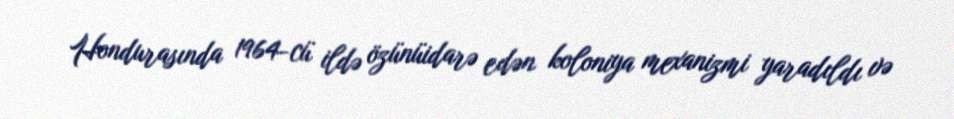
Hondurasında 1964-cü ildə özünüidarə edən koloniya mexanizmi yaradıldı və